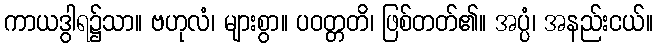
ကာယဒွါရ၌သာ။ ဗဟုလံ၊ များစွာ။ ပဝတ္တတိ၊ ဖြစ်တတ်၏။ အပ္ပံ၊ အနည်းငယ်။